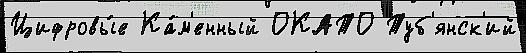
Цифровы́е Ка́м'енный ОКАТО Туб'янск'ий